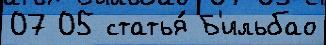
07 05 статья́ Б'ильбао